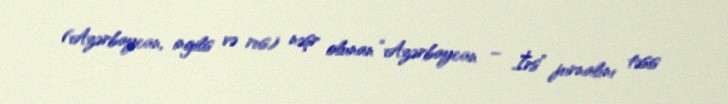
(Azərbaycan, ingilis və rus) nəşr olunan “Azərbaycan – İrs” jurnalını təsis